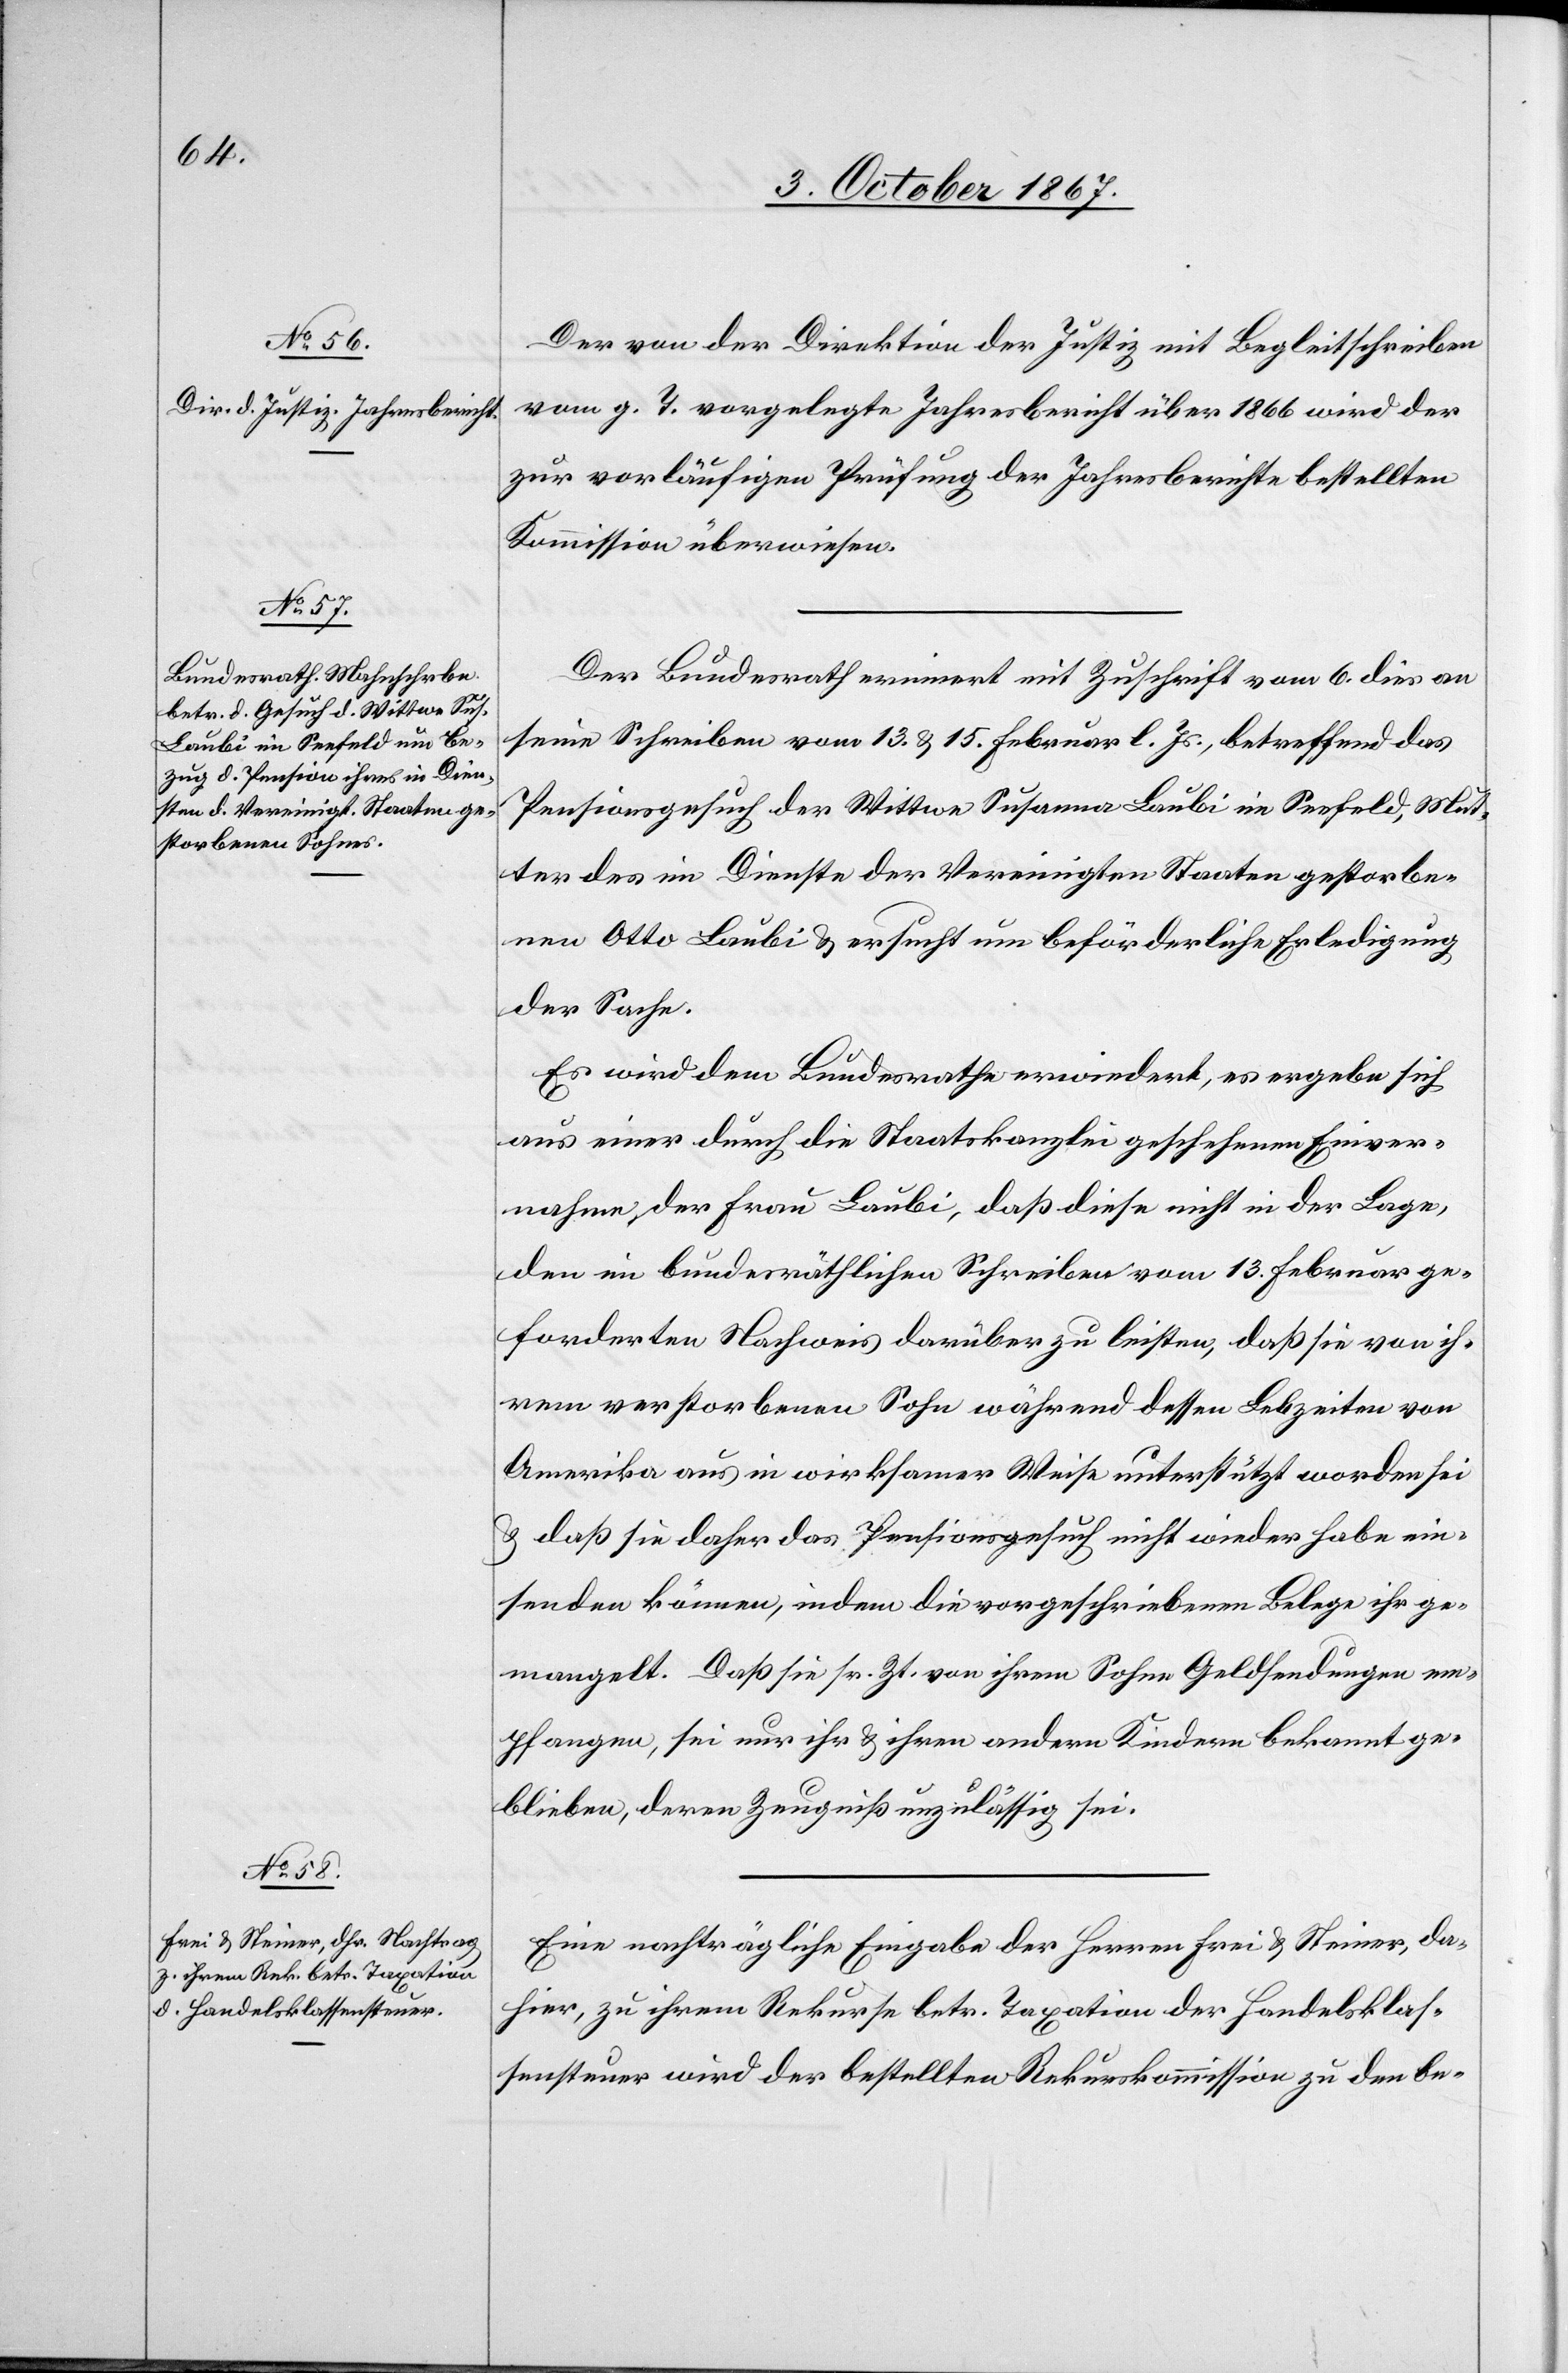
10. October 1867.]
Der von der Direktion der Justiz mit Begleitschreiben
vom g. T. vorgelegte Jahresbericht über 1866 wird der
zur vorläufigen Prüfung des Jahresberichte bestellten
Kommission überwiesen.
Der Bundesrath erinnert mit Zuschrift vom 6. dies an
seine Schreiben vom 13. u. 15. Februar l. Js., betreffend das
Pensionsgesuch der Wittwe Susanna Laubi im Seefeld, Mut¬
ter des im Dienste der Vereinigten Staaten gestorbe¬
nen Otto Laubi u. ersucht um beförderliche Erledigung
der Sache.
Es wird dem Bundesrathe erwiedert, es ergebe sich
aus einer durch die Staatskanzlei geschehenen Einver¬
nahme der Frau Laubi, daß diese nicht in der Lage,
den im bundesräthlichen Schreiben vom 13. Februar ge¬
forderten Nachweis darüber zu leisten, daß sie von ih¬
rem verstorbenen Sohn während dessen Lebzeiten von
Amerika aus in wirksamer Weise unterstützt worden sei
u. daß sie daher das Pensionsgesuch nicht wieder habe ein¬
senden können, indem die vorgeschriebenen Belege ihr ge¬
mangelt. Daß sie sr. Zt. von ihrem Sohne Geldsendungen em¬
pfangen, sei nur ihr u. ihren andern Kindern bekannt ge¬
blieben, deren Zeugniß unzulässig sei.
Eine nachträgliche Eingabe der Herren Frei u. Steiner, da¬
hier, zu ihrem Rekurs betr. Taxation der Handelsklas¬
sensteuer wird der bestellten Rekurskommission zu den be-